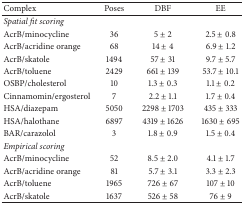
| Complex | Poses | DBF | EE |
 | --- | --- | --- | --- |
 | Spatial fit scoring |  |  |  |
 | AcrB/minocycline | 36 | 5 ± 2 | 2.5 ± 0.8 |
 | AcrB/acridine orange | 68 | 14 ± 4 | 6.9 ± 1.2 |
 | AcrB/skatole | 1494 | 57 ± 31 | 9.7 ± 5.7 |
 | AcrB/toluene | 2429 | 661 ± 139 | 53.7 ± 10.1 |
 | OSBP/cholesterol | 10 | 1.3 ± 0.3 | 1.1 ± 0.2 |
 | Cinnamomin/ergosterol | 7 | 2.2 ± 1.1 | 1.7 ± 0.4 |
 | HSA/diazepam | 5050 | 2298 ± 1703 | 435 ± 333 |
 | HSA/halothane | 6897 | 4319 ± 1626 | 1630 ± 695 |
 | BAR/carazolol | 3 | 1.8 ± 0.9 | 1.5 ± 0.4 |
 | Empirical scoring |  |  |  |
 | AcrB/minocycline | 52 | 8.5 ± 2.0 | 4.1 ± 1.7 |
 | AcrB/acridine orange | 81 | 5.7 ± 3.1 | 3.3 ± 2.3 |
 | AcrB/toluene | 1965 | 726 ± 67 | 107 ± 10 |
 | AcrB/skatole | 1637 | 526 ± 58 | 76 ± 9 |